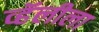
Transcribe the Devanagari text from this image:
व्हॅलीला